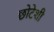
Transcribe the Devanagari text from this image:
छोटेशी